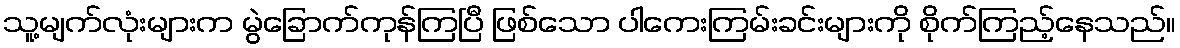
သူ့မျက်လုံးများက မွဲခြောက်ကုန်ကြပြီ ဖြစ်သော ပါကေးကြမ်းခင်းများကို စိုက်ကြည့်နေသည်။